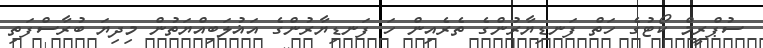
ސުޕްރީމް ކޯޓުގެ ހަތް ފަނޑިޔާރުންގެ ތެރެއިން ހަ ފަނޑިޔާރުންގެ އަޣުލަބިއްޔަތުން މިދިޔަ ބުރާސްފަތި